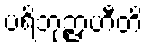
ပရိဘုဉ္ဇာဟီတိ